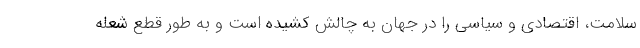
سلامت، اقتصادی و سیاسی را در جهان به چالش کشیده است و به طور قطع شعله